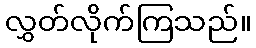
လွှတ်လိုက်ကြသည်။